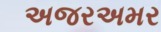
અજરઅમર